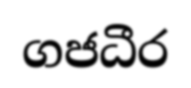
ගජධීර